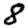
Digit: 8